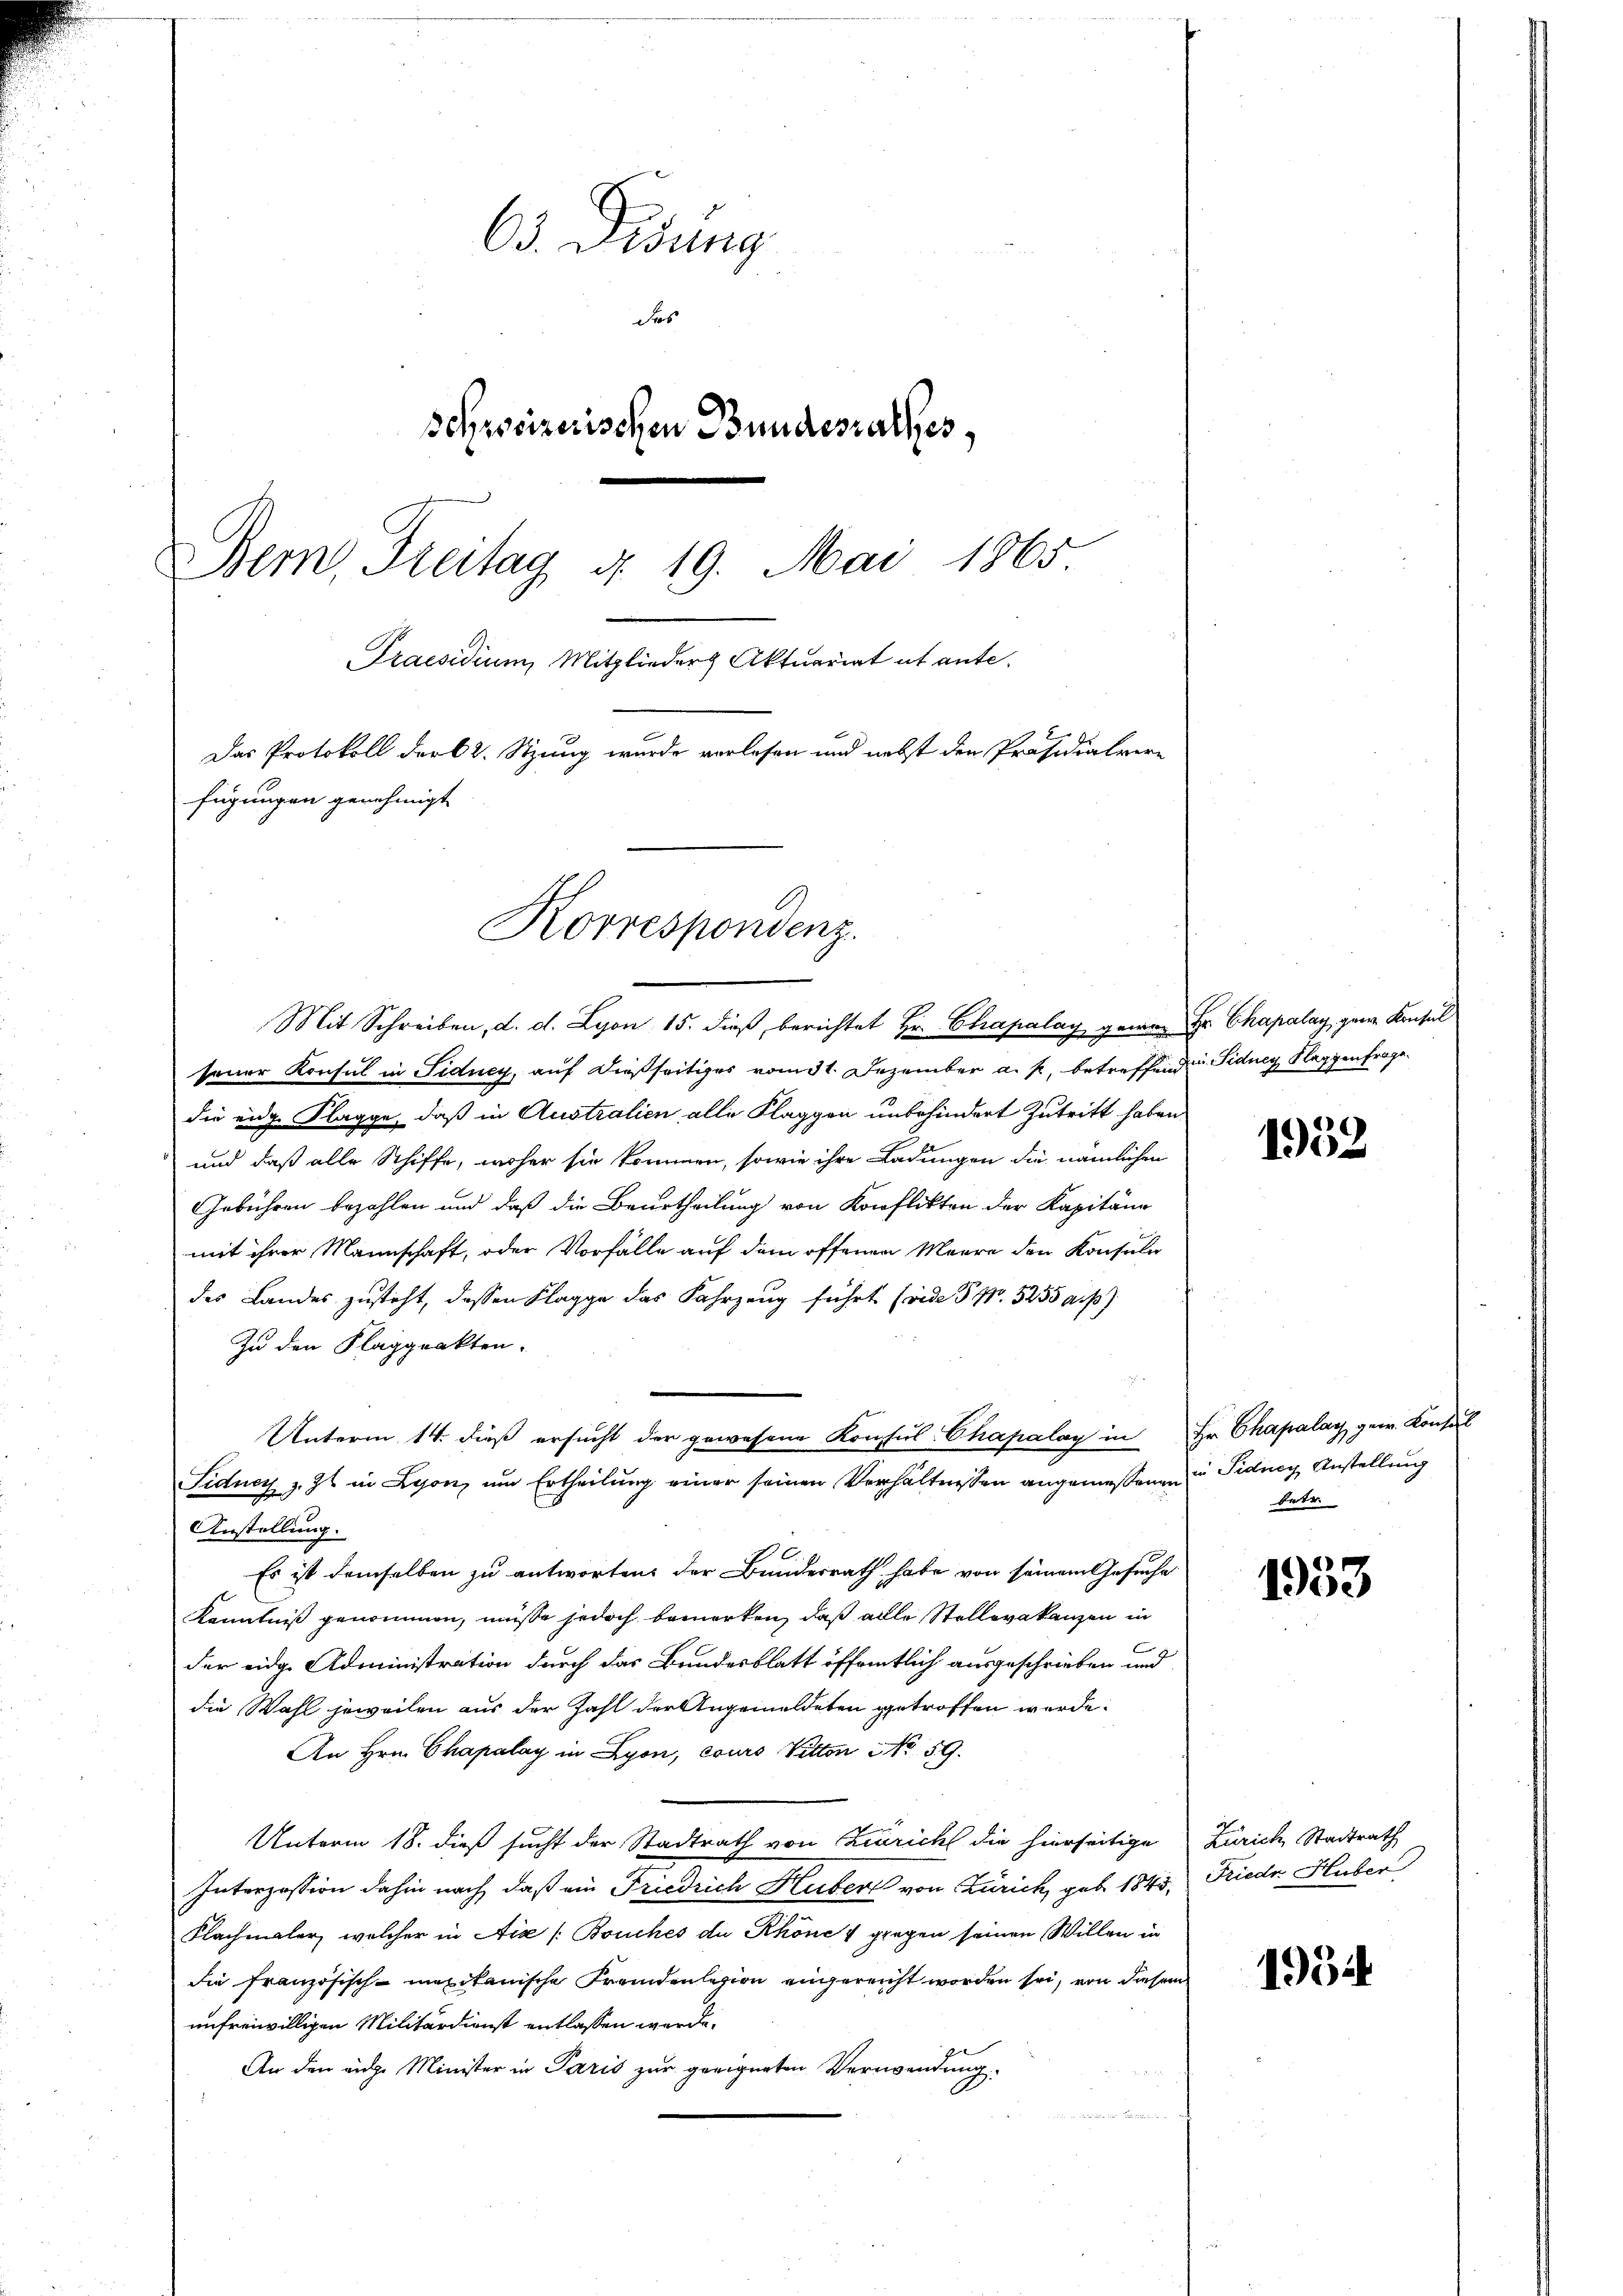
63. Didung
des
schweizerischen Bundesrathes,
Bem, Freitag d. 19. Mai 1865
Praesidium, Mitglieder Aktuariat et ante.
Das Protokoll der 62. Sitzung wurde vorlesen und nebst den Präsidialvere
fügungen genehmigt

Mit Schreiben, d. d. Lyon 15. dieß, berichtet Hr. Chapalay gener Hr. Chapalay ganz Konsul
sener Konsul in Sidney, auf dießseitiges vom 31. Dezember a. p. betreffend u. Sidney Flaggenfrage
die eidg. Klagge, daß in Australien alle Klaggen unbehindert Zutritt haben
und daß alle Schiffe, woher sie kommen, sowie ihre Ladungen die nämlichen
Gebühren bezahlen und daß die Beurtheilung von Konflikten der Kapitäng
mit ihrer Mannschaft, oder Vorfälle auf dem offenen Meere den Konsuln
des Landes zusteht, dessen Klagge das Fahrzeug führt (vide P. Nr. 5255 a. p.)
Zu den Flaggrakten.
Unterm 14. dieß ersucht der gewesene Konsul-Chapalay in Hr. Chapalay gew. Konsul
Sidney z. Zt. in Lyon, um Ertheilung einer seinen Verhältnissen angemessenen Sidney Anstellung
Anstellung.
Es ist demselben zu antworten der Bundesrath habe von seinem Gesuche
Kenntniß genommen, müsse jedoch bemerken, daß alle Stellevakanzen in
E
der eidg. Administration durch das Bundesblatt öffentlich ausgeschrieben und
die Wahl jeweilen aus der Zahl der Angemeldeten getroffen werde.
An Hrn. Chapalay in Lyon, cours Pitten No 59.
Unterm 18. dieß sucht der Stadtrath von Zürich die hierseitige Zürich Stadtrath
Interzession dahin nach, daß ein Friedrich Huber von Zürich, geb. 1845, Friedr. Huber
Flachmaler, welcher in Aix /: Bouches die Rhöne 4 gegen seinen Willen in
die französisch-mexikanische Fremdenlegion eingereicht worden sei, von diesem
unfreiwilligen Militärdienst entlassen werde.
An den eige Minister in Paris zur geeigneten Verwendung.

Korrespondenz.

1932

betr.

4
1900

1954